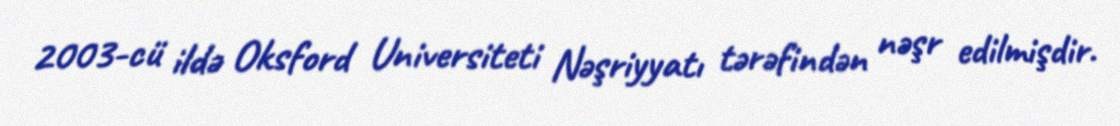
2003-cü ildə Oksford Universiteti Nəşriyyatı tərəfindən nəşr edilmişdir.